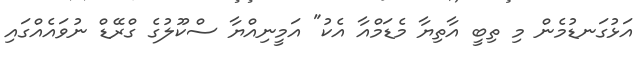
އަޅުގަނޑުމެން މި ތިބީ އާތިޔާ މެޑަމްއާ އެކު" އަމީނިއްޔާ ސްކޫލުގެ ގްރޭޑް ނުވައެއްގައި